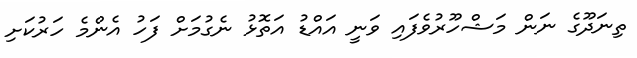
ތިނަދޫގެ ނަން މަޝްހޫރުވެފައި ވަނީ އައްޑު އަތޮޅު ނެގުމަށް ފަހު އެންމެ ހަރުކަށި